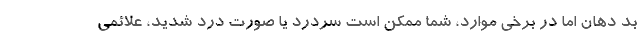
بد دهان اما در برخی موارد، شما ممکن است سردرد یا صورت درد شدید، علائمی